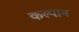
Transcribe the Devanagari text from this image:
कल्पान